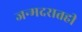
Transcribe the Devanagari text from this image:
जन्मदरातही